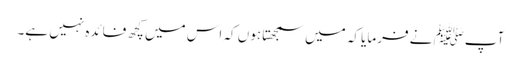
آپﷺ نے فرمایا کہ میں سمجھتا ہوں کہ اس میں کچھ فائدہ نہیں ہے۔